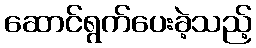
ဆောင်ရွက်ပေးခဲ့သည့်